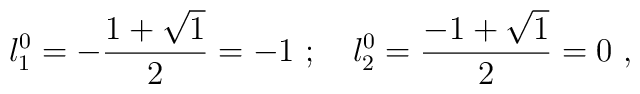
{l_1^0} =-\frac{1+\sqrt{1}}{2}= - 1~ ;~~~{l_2^0} =\frac{-1+\sqrt{1}}{2}= 0~,